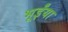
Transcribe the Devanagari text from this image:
भूईंया